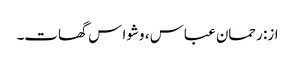
از: رحمان عباس ، وشوا س گھات۔